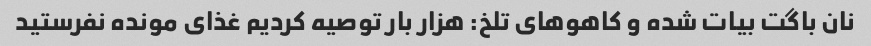
نان باگت بیات شده و کاهو‌های تلخ: هزار بار توصیه کردیم غذای مونده نفرستید